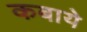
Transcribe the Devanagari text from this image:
कबाये